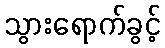
သွားရောက်ခွင့်